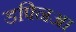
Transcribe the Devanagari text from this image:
डफ्निआ